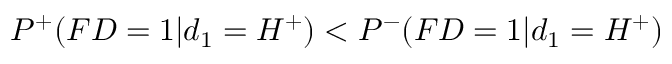
P ^ { + } ( F D = 1 | d _ { 1 } = H ^ { + } ) < P ^ { - } ( F D = 1 | d _ { 1 } = H ^ { + } )